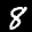
Label: 8